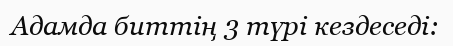
Адамда биттің 3 түрі кездеседі: